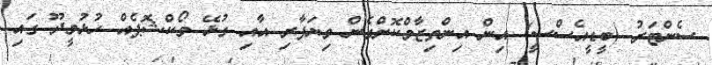
ސެންޓަރު (ބީޑީއެސްސީ) އިން އިންތިޒާމްކޮށްގެން ވިޔަފާރި އާއި ގުޅޭ ވޯކްޝޮޕެއް ހުޅުމީދޫ ގައިި